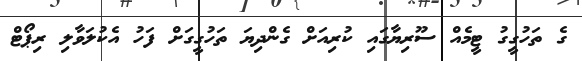
ގެ ތަހުގީގު ޓީމެއް ސޫރިޔާގައި ކުރިއަށް ގެންދިޔަ ތަހުގީގަށް ފަހު އެކުލަވާލި ރިޕޯޓް